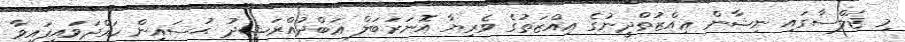
މި ޖަލްސާގައި ނިޝާން ޢިއްޒުތްދީނުގެ ޢިއްޒަތުގެ ވެރިޔާ އޮނަރަބަލް ޢަބްދުއްރަޝީދު ޙުސައިން ހައްދަވައިފައިވާ